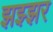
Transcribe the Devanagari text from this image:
झझ्झर